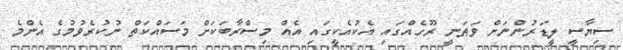
ސިޔާސީ ލީޑަރުންނަށް ވަޠަނީ ރޫހެއްގައި އެކުއެކީގައި އެއް މިސްރާބަކަށް މަސައްކަތް ނުކުރެވުމުގެ އެންމެ